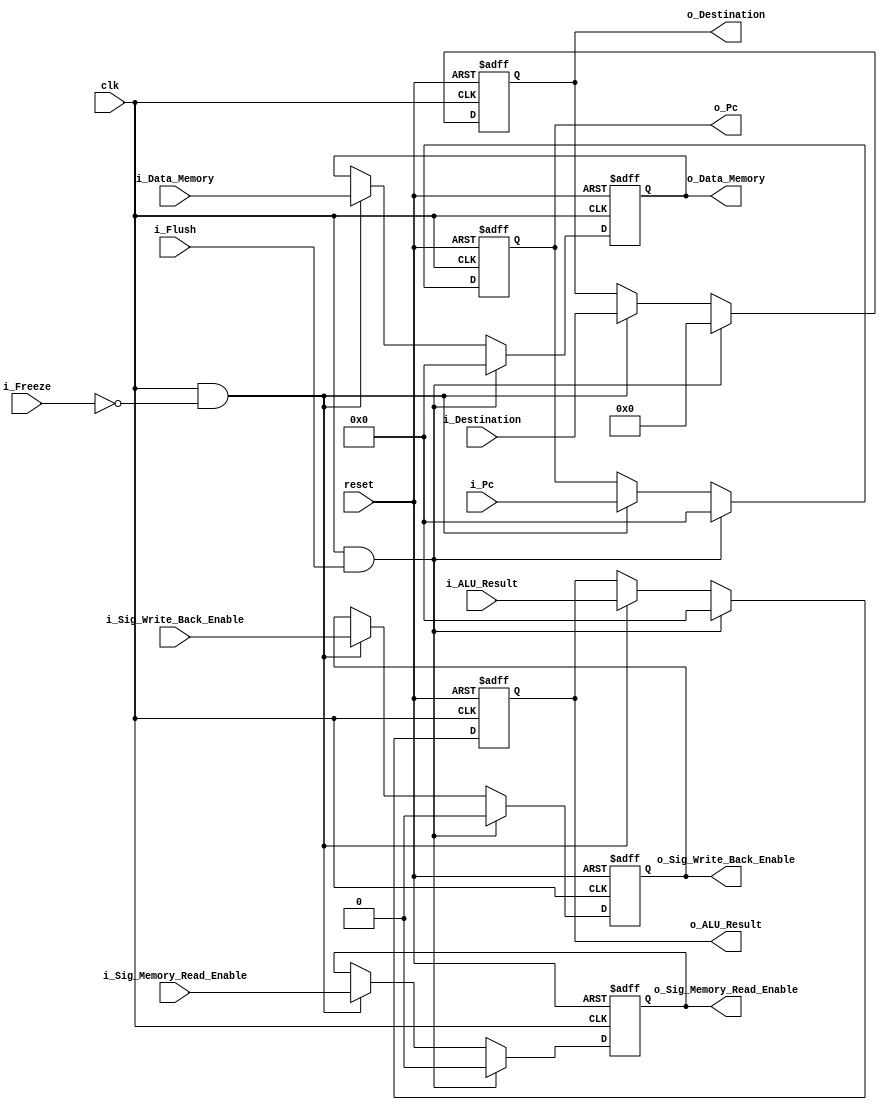
module mem_stage_reg (
    clk, 
    reset, 
    i_Flush, 
    i_Freeze,
    i_Pc, 
    i_Sig_Write_Back_Enable, 
    i_Sig_Memory_Read_Enable, 
    i_ALU_Result,
    i_Destination,
    i_Data_Memory,
    o_Pc,
    o_Sig_Write_Back_Enable, 
    o_Sig_Memory_Read_Enable, 
    o_ALU_Result,
    o_Destination,
    o_Data_Memory
    );


    parameter DATA_WIDTH = 32;

    input clk; 
    input reset; 
    input i_Flush; 
    input i_Freeze;
    input [DATA_WIDTH - 1:0] i_Pc; 
    input i_Sig_Write_Back_Enable; 
    input i_Sig_Memory_Read_Enable; 
    input [DATA_WIDTH - 1:0] i_ALU_Result;
    input [3:0] i_Destination;
    input [DATA_WIDTH - 1:0] i_Data_Memory;

    output reg [DATA_WIDTH - 1:0] o_Pc;
    output reg o_Sig_Write_Back_Enable; 
    output reg o_Sig_Memory_Read_Enable; 
    output reg [DATA_WIDTH - 1:0] o_ALU_Result;
    output reg [3:0] o_Destination;
    output reg [DATA_WIDTH - 1:0] o_Data_Memory;

    always @(posedge clk, posedge reset) begin
        if (reset) begin
            o_Pc <= 32'b0;
            o_Sig_Write_Back_Enable <= 1'b0;
            o_Sig_Memory_Read_Enable <= 1'b0;
            o_ALU_Result <= 32'b0;
            o_Destination <= 4'b0;
            o_Data_Memory <= 32'b0;
        end

        else if (clk && i_Flush) begin
            o_Pc <= 32'b0;
            o_Sig_Write_Back_Enable <= 1'b0;
            o_Sig_Memory_Read_Enable <= 1'b0;
            o_ALU_Result <= 32'b0;
            o_Destination <= 4'b0;
            o_Data_Memory <= 32'b0;
        end

        else if (clk && ~i_Freeze) begin
            o_Pc <= i_Pc;
            o_Sig_Write_Back_Enable <= i_Sig_Write_Back_Enable;
            o_Sig_Memory_Read_Enable <= i_Sig_Memory_Read_Enable;
            o_ALU_Result <= i_ALU_Result;
            o_Destination <= i_Destination;
            o_Data_Memory <= i_Data_Memory;
        end 

        else begin
            o_Pc <= o_Pc;
            o_Sig_Write_Back_Enable <= o_Sig_Write_Back_Enable;
            o_Sig_Memory_Read_Enable <= o_Sig_Memory_Read_Enable;
            o_ALU_Result <= o_ALU_Result;
            o_Destination <= o_Destination;
            o_Data_Memory <= o_Data_Memory;
        end
    end
    
endmodule